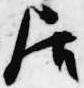
居